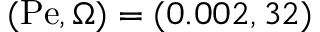
( \mathrm { P e } , \Omega ) = ( 0 . 0 0 2 , 3 2 )